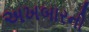
અખબારની